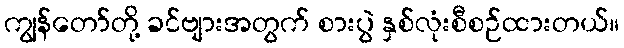
ကျွန်တော်တို့ ခင်ဗျားအတွက် စားပွဲ နှစ်လုံးစီစဉ်ထားတယ်။